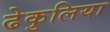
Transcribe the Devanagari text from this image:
ढेकुलिया